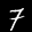
Label: 7